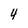
Character: 4